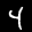
Label: 4